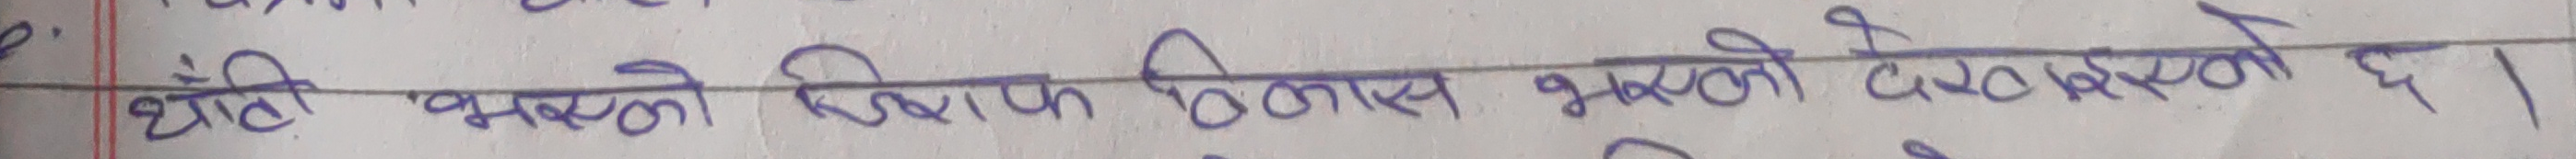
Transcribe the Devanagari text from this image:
थेगी भूसको विकास भएको देखिन्छ।